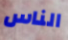
الناس